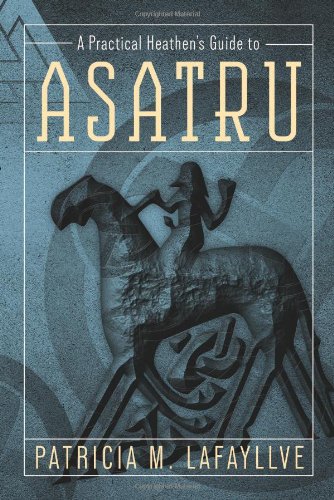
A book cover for A Practical Heathen's Guide to Asatru; Patricia M. Lafayllve; Religion & Spirituality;